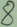
Text: 8